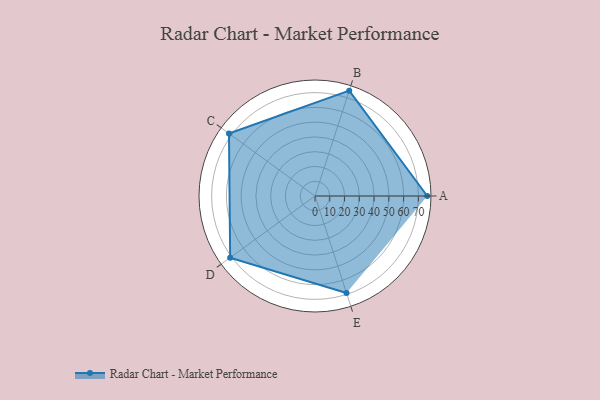
{"axis": {"x": "Skill", "y": "Score"}, "legend": ["Profile"], "data": [{"x": "A", "y": 76.0, "type": "Profile"}, {"x": "B", "y": 75.0, "type": "Profile"}, {"x": "C", "y": 72.0, "type": "Profile"}, {"x": "D", "y": 71.0, "type": "Profile"}, {"x": "E", "y": 69.0, "type": "Profile"}]}